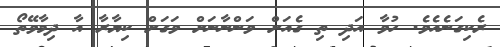
ރެކިގަނެއެވެ. ހުވާ އަދި ތި ގެއަށް ވަންނާނަށް ވަގަށް ކިޔާރާ އާ ދިމާވޭތޯ